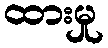
ထားမှု